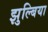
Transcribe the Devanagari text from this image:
झुल्बिया